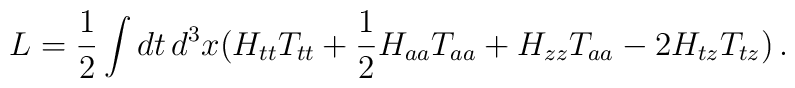
L= \frac{1}{2} \int dt \, d^3 x \big( H_{tt} T_{tt} + \frac{1}{2}H_{aa} T_{aa} + H_{zz} T_{aa} - 2 H_{tz} T_{tz} \big) \,.